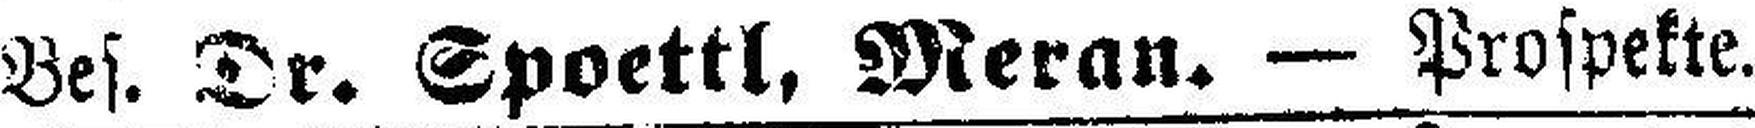
Bes. Dr. Spoettl, Meran. — Prospekte.